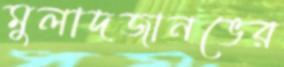
মুলাদজানভের